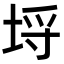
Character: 埒